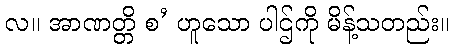
လ။ အာဏတ္တိ စ’ ဟူသော ပါဌ်ကို မိန့်သတည်း။